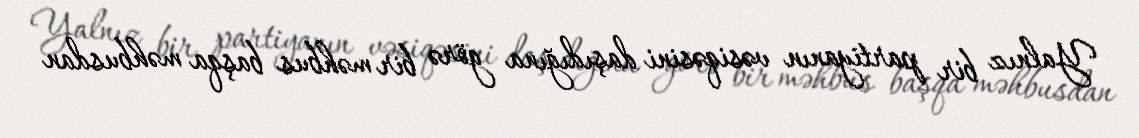
Yalnız bir partiyanın vəsiqəsini daşıdığına görə bir məhbus başqa məhbusdan